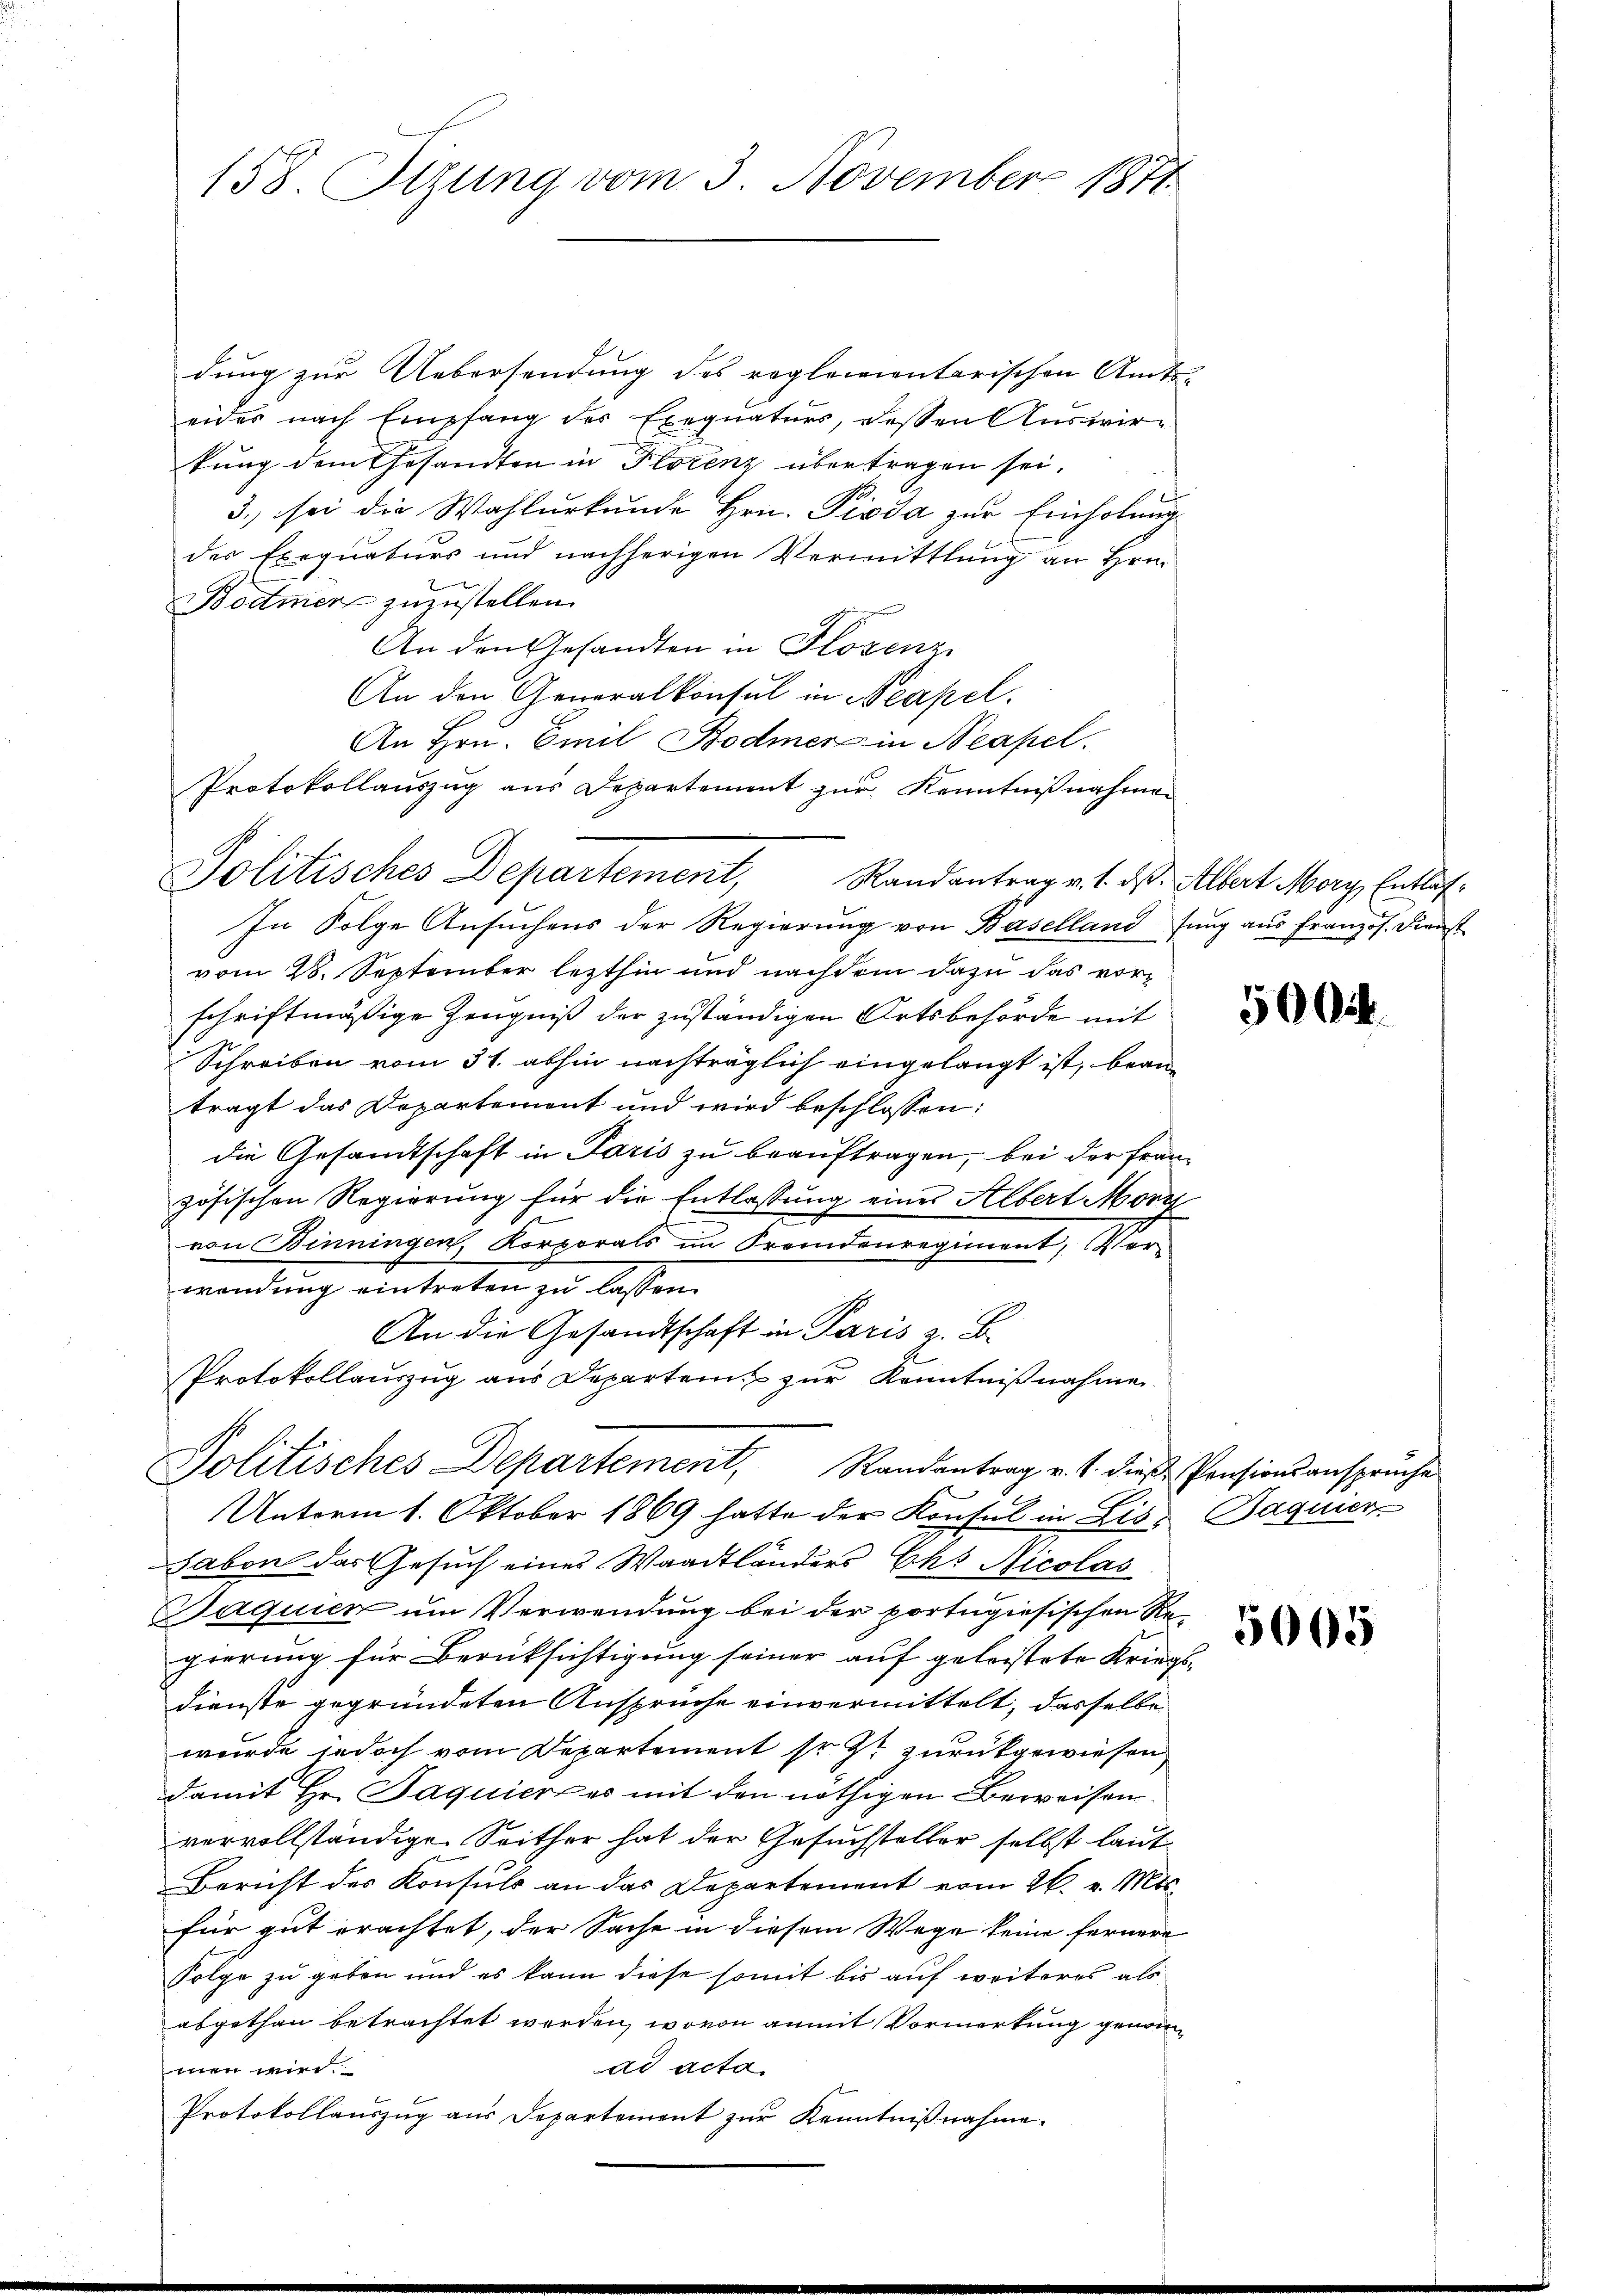
158. Itzung vom 3. November 1871

Politisches Departement, Randantrag v. 1. ds. Albert Merz, Entlas¬

dung zur Uebersendung des reglementarischen Amts-
eides nach Empfang der Exequaturs, dessen Auswirkung dem Gesandten in Florenz übertragen sei.
3., sei die Wahlurkunde Hrn. Pioda zur Einholung
der Exequaturs und nachherigen Vermittlung an Hrn.
Bodmer zuzustellen.
An den Gesandten in Glözenz
An den Generalkonsul in Neapel.
An Hrn. Emil Bodmer in Neapel.
Protokollauszug aus Departement zur Kenntnißnahmen
In Folge Ansuchens der Regierung von Baselland fung aus Französ. Dienst
vom 28. September lezthin und nachdem dazu das vorschriftmäßige Zeugniß der zuständigen Ortsbehörde mit
Schreiben vom 31. abhin nachträglich eingelangt ist, beanträgt das Departement und wird beschlossen:
die Gesandtschaft in Paris zu beauftragen, bei der Französischen Regierung für die Entlassung eines Albert Morg
von Binningen, Korporats im Fremdenregiment, Verwendung eintreten zu lassen.
An die Gesandtschaft in Paris z. B.
Protokollauszug aus Departen zur Kenntnißnahme
Politisches Departement, Randantrag v. 1. dieß Pensionsanspruche
Unterm 1. Oktober 1869 hatte der Konsul in Lis: Bagnier
Saben das Gesuch eines Waadtländers Chs Nicolas
Baquien um Verwendung bei der portugisischen Re-
gierung für Berüksichtigung seiner auf geleistete Kriegsdienste gegründeten Ansprüche einvermittelt, dasselbe
wurde jedoch vom Departement sr. Zt zurückgewiesen
damit Hr. Paquier es mit den nöthigen Beweisen
vervollständige Seither hat der Gesuchsteller selbst laut
Bericht des Konsuls an das Departement vom 26. v. Mts.
für gut erachtet, der Sache in diesem Wege keine fernere
Folge zu geben und es kann diese somit bis auf weiteres als
abgethan betrachtet werden, wovon anmit Vormerkung genomad acta.
vriert wi
Protokollaŭszŭg aŭs Departement zŭr Kenntniβnahme.

500.

5005